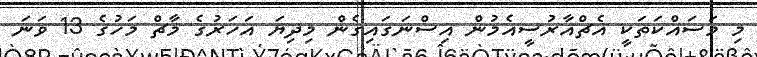
މި މަސައްކަތަކީ އެޗްއާރުސީއެމުން އިސްނަގައިގެން މިދިޔަ އަހަރުގެ މާޗް މަހުގެ 13 ވަނަ